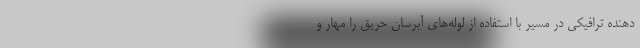
دهنده ترافیکی در مسیر با استفاده از لوله‌های آبرسان حریق را مهار و